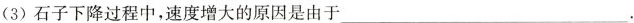
(3) 石子下降过程中，速度增大的原因是由于___.